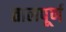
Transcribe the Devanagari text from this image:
तालपूर्ण